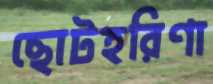
ছোটহরিণা